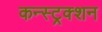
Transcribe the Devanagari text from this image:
कन्‍स्‍ट्रक्‍शन